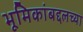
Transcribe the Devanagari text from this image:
भूमिकांबद्दलच्या